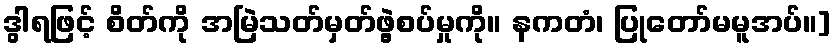
ဒွါရဖြင့် စိတ်ကို အမြဲသတ်မှတ်ဖွဲ့စပ်မှုကို။ နကတံ၊ ပြုတော်မမူအပ်။]